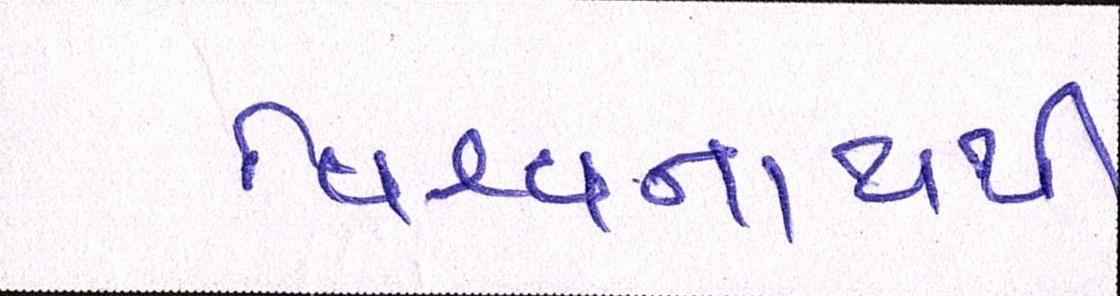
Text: વિશ્વનાથથી